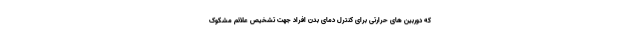
که دوربین های حرارتی برای کنترل دمای بدن افراد جهت تشخیص علائم مشکوک